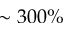
\sim 3 0 0 \%